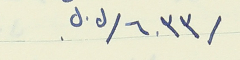
/٦٠٣٣/ل.ل.